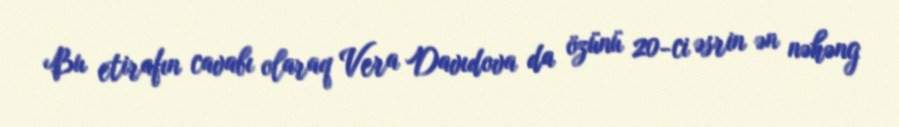
Bu etirafın cavabı olaraq Vera Davıdova da özünü 20-ci əsrin ən nəhəng